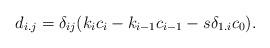
LaTeX: \begin{align*}d_{i.j}= \delta_{ij}(k_ic_i-k_{i-1}c_{i-1}-s\delta_{1.i} c_0).\end{align*}